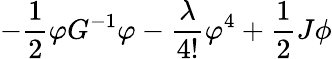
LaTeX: -\frac{1}{2}\varphi G^{-1}\varphi-\frac{\lambda}{4!}\varphi^{4}+\frac{1}{2}J\phi